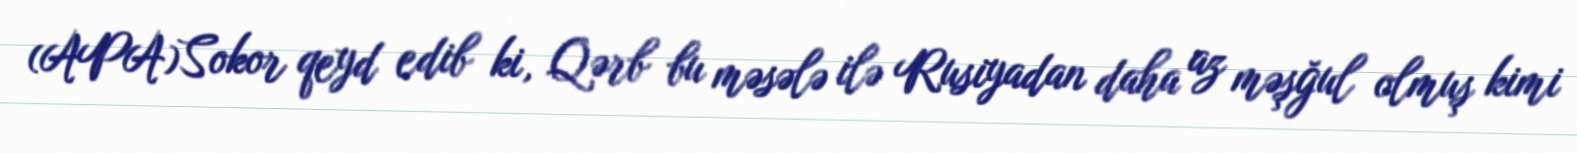
(APA)Sokor qeyd edib ki, Qərb bu məsələ ilə Rusiyadan daha az məşğul olmuş kimi